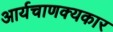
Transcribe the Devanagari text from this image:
आर्यचाणक्यकार